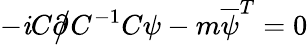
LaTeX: -\mathit{i}C{\partial\! \! \! {\big/}}C^{-1}C\psi-m{\overline{{{\psi}}}}^{T}=0